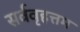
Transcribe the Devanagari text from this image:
सर्ववृहत्तम